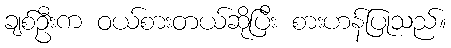
ချစ်ဦးက ဝယ်စားတယ်ဆိုပြီး စားဟန်ပြုသည်။